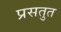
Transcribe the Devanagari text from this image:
प्रसतुत